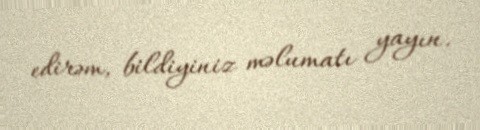
edirəm, bildiyiniz məlumatı yayın.